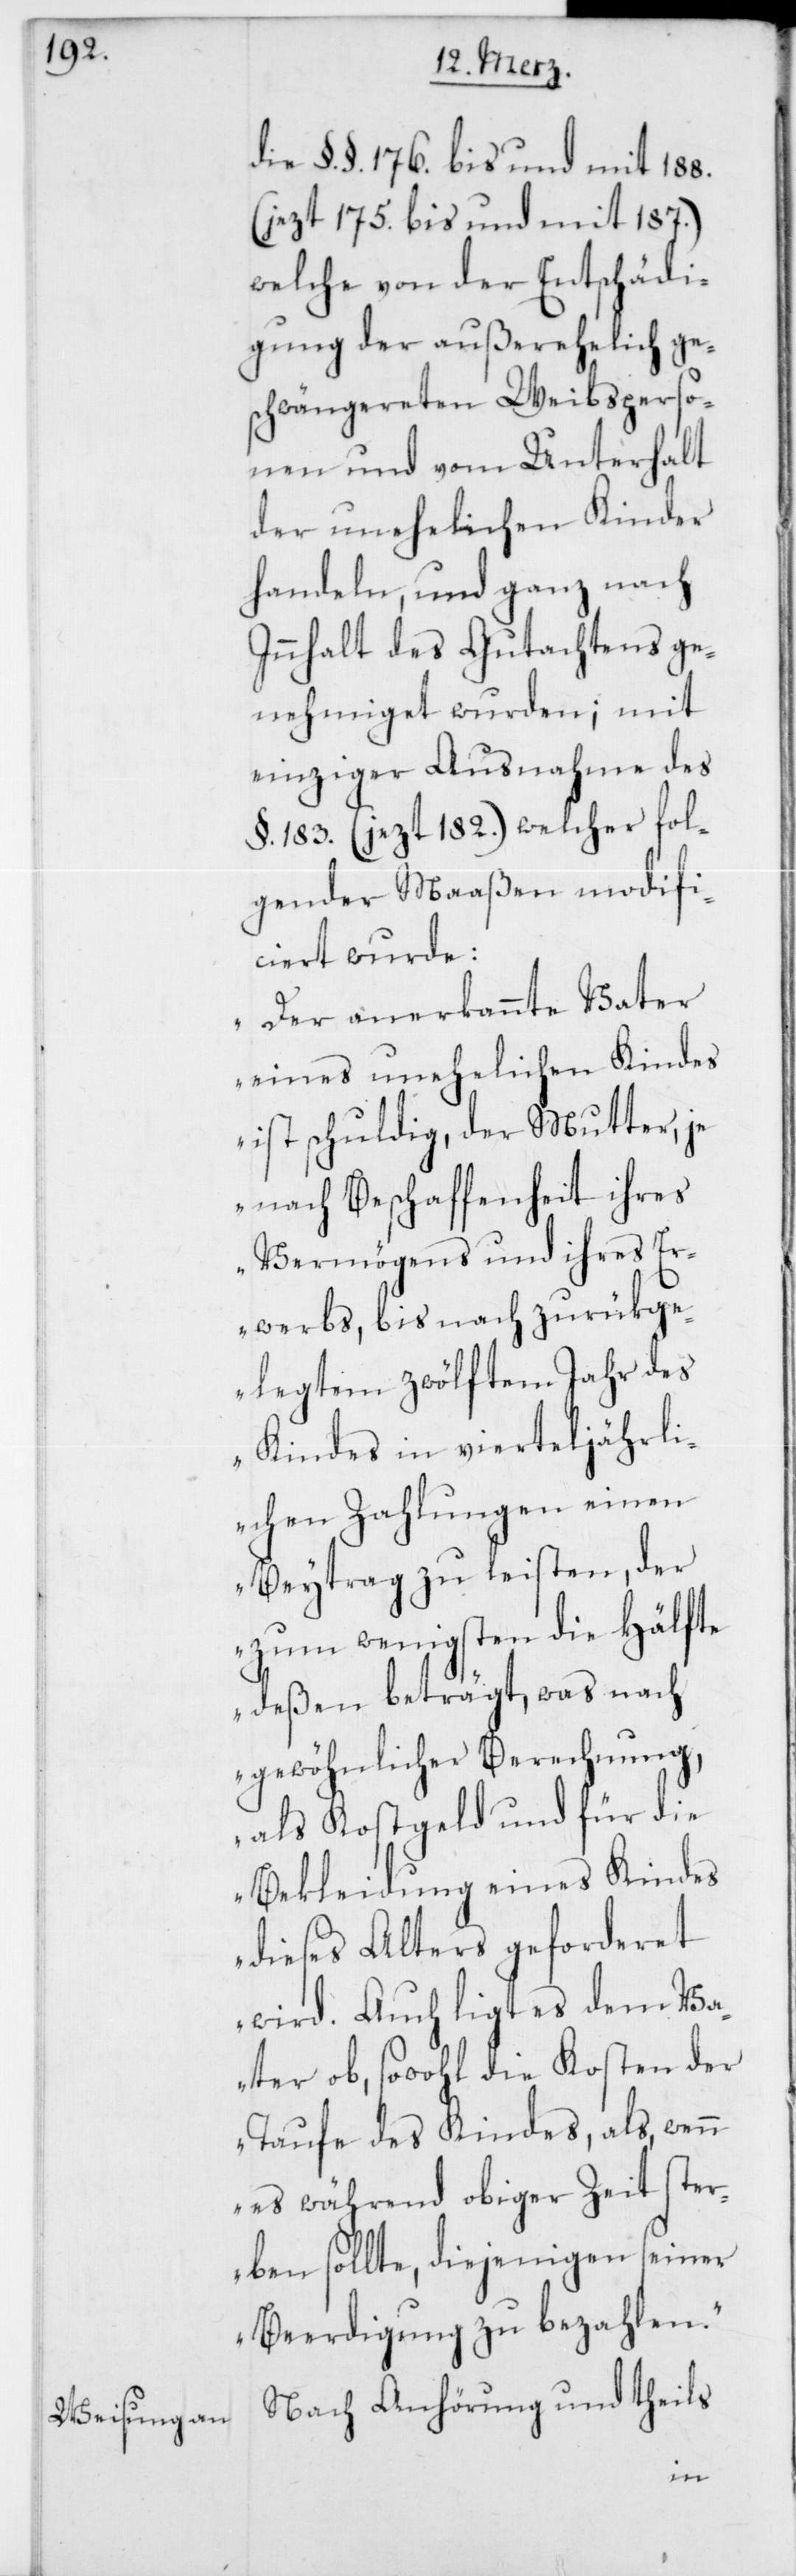
die §. §. 176. bis und mit 188.
(jezt 175. bis und mit 187.)
welche von der Entschädi¬
gung der außerehelich ge¬
schwängereten Weibsperso¬
nen und vom Unterhalt
der unehelichen Kinder
handeln, und ganz nach
Innhalt des Gutachtens ge¬
nehmiget wurden; mit
einziger Ausnahme des
§. 183. (jezt 182.), welcher fol¬
gender Maaßen modifi¬
ciert wurde:
„Der anerkannte Vater
eines unehelichen Kindes
ist schuldig, der Mutter, je
nach Beschaffenheit ihres
Vermögens und ihres Er¬
werbs, bis nach zurükge¬
legtem zwölftem Jahr des
Kindes in vierteljährli¬
chen Zahlungen einen
Beytrag zu leisten, der
zum wenigsten die Hälfte
deßen beträgt, was nach
gewöhnlicher Berechnung,
als Kostgeld und für die
Bekleidung eines Kindes
dieses Alters geforderet
wird. Auch ligt es dem Va¬
ter ob, sowohl die Kosten der
Taufe des Kindes, als, wenn
es während obiger Zeit ster¬
ben sollte, diejenigen seiner
Beerdigung zu bezahlen.“
Nach Anhörung und theils